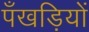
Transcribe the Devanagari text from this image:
पँखड़ियों